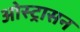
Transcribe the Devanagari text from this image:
ओस्ट्रासन